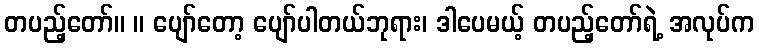
တပည့်တော်။ ။ ပျော်တော့ ပျော်ပါတယ်ဘုရား၊ ဒါပေမယ့် တပည့်တော်ရဲ့ အလုပ်က